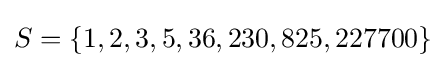
S=\{1,2,3,5,36,230,825,227700\}